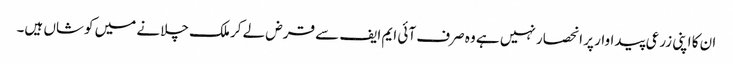
ان کا اپنی زرعی پیداوار پر انحصار نہیں ہے وہ صرف آئی ایم ایف سے قرض لے کر ملک چلانے میں کوشاں ہیں۔